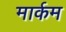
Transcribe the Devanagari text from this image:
मार्कम